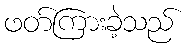
ဖတ်ကြားခဲ့သည်